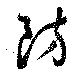
防